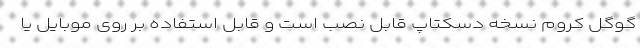
گوگل کروم نسخه دسکتاپ قابل نصب است و قابل استفاده بر روی موبایل یا